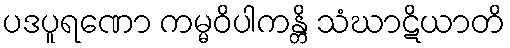
ပဒပူရဏော ကမ္မဝိပါကန္တိ သံဃာဋိယာတိ